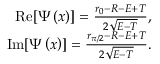
\begin{array} { r } { \mathrm { R e } [ \Psi \left( x \right) ] = \frac { r _ { 0 } - R - E + T } { 2 \sqrt { E - T } } , } \\ { \mathrm { I m } [ \Psi \left( x \right) ] = \frac { r _ { \pi / 2 } - R - E + T } { 2 \sqrt { E - T } } . } \end{array}